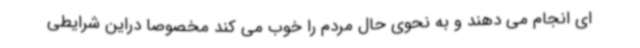
ای انجام می دهند و به نحوی حال مردم را خوب می کند مخصوصا دراین شرایطی